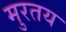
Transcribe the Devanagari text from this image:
मुरतय